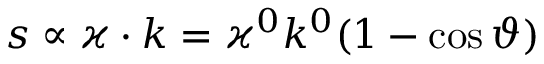
s \propto \varkappa \cdot k = \varkappa ^ { 0 } k ^ { 0 } ( 1 - \cos \vartheta )